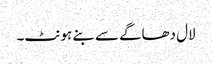
لال دھاگے سے بنے ہونٹ۔